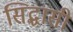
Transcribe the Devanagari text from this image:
सिद्धासी